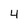
Character: 4